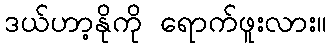
ဒယ်ဟာ့နိုကို ရောက်ဖူးလား။